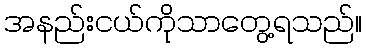
အနည်းငယ်ကိုသာတွေ့ရသည်။